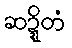
ဆဍ္ဍိတံ